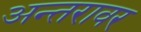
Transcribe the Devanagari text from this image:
अन्तरावर